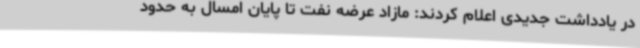
در یادداشت جدیدی اعلام کردند: مازاد عرضه نفت تا پایان امسال به حدود